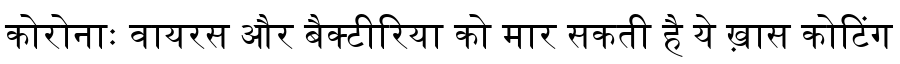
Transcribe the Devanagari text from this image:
कोरोनाः वायरस और बैक्टीरिया को मार सकती है ये ख़ास कोटिंग